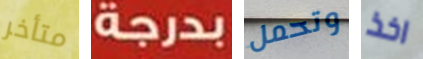
متأخر بدرجة وتحمل اخذ